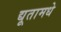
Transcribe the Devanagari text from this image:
द्यूतामधे